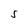
Character: s